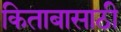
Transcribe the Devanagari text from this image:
किताबासाठी